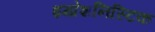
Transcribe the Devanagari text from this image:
इम्प्रेशनिस्टिक